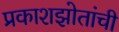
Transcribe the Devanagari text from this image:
प्रकाशझोतांची